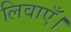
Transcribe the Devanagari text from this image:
लिवाएँ।